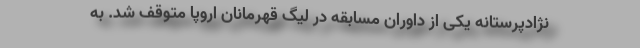
نژادپرستانه یکی از داوران مسابقه در لیگ قهرمانان اروپا متوقف شد. به